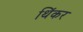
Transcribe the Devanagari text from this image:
थिंकर